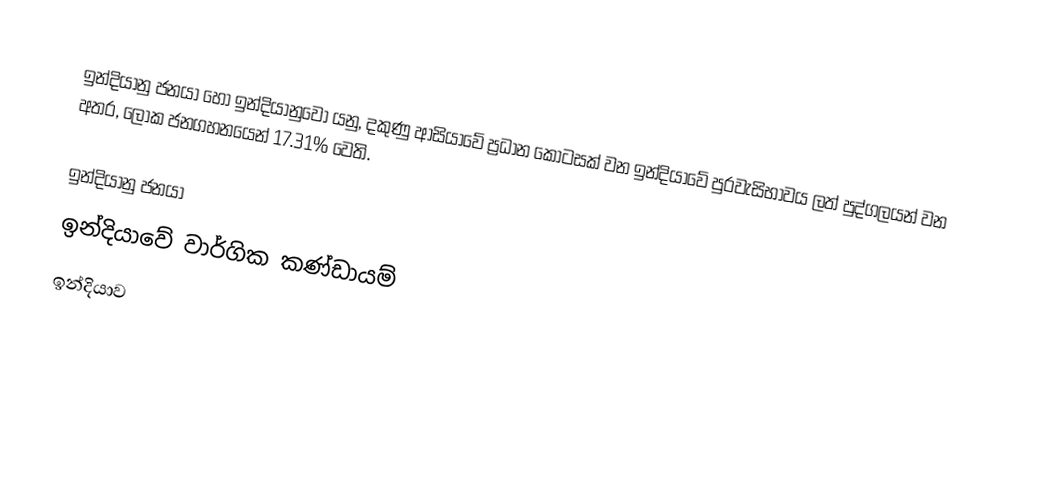
ඉන්දියානු ජනයා හෝ ඉන්දියානුවෝ යනු, දකුණු ආසියාවේ ප්‍රධාන කොටසක් වන ඉන්දියාවේ පුරවැසිභාවය ලත් පුද්ගලයන් වන අතර,  ලෝක ජනගහනයෙන් 17.31% වෙති.

ඉන්දියානු ජනයා
ඉන්දියාවේ වාර්ගික කණ්ඩායම්
ඉන්දියාව